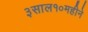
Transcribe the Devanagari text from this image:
३साल१०महीने